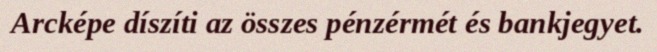
Arcképe díszíti az összes pénzérmét és bankjegyet.